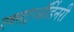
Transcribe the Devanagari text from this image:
एक्सट्राऑर्डिनरी